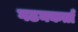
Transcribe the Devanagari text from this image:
गठनकर्ता